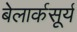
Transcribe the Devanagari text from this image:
बेलार्कसूर्य